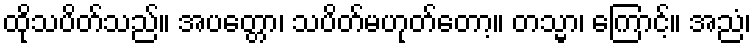
ထိုသပိတ်သည်။ အပတ္တော၊ သပိတ်မဟုတ်တော့။ တသ္မာ၊ ကြောင့်။ အညံ၊